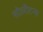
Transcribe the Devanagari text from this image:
सोलीटन्स